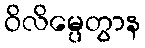
ဝိလိမ္ပေတွာန